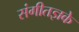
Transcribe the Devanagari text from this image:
संगीतज्ञके